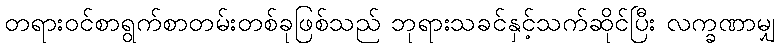
တရားဝင်စာရွက်စာတမ်းတစ်ခုဖြစ်သည် ဘုရားသခင်နှင့်သက်ဆိုင်ပြီး လက္ခဏာမျှ